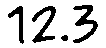
12.3